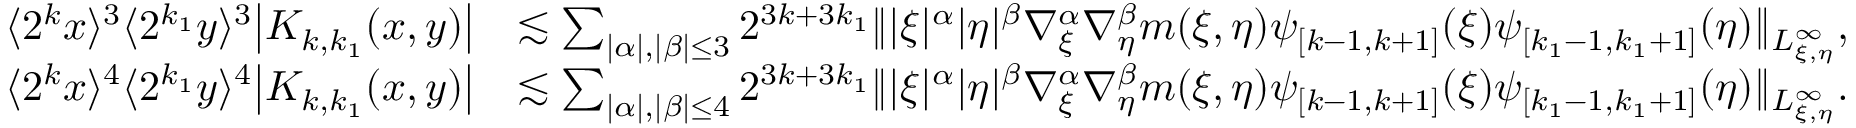
\begin{array} { r l } { \langle 2 ^ { k } x \rangle ^ { 3 } \langle 2 ^ { k _ { 1 } } y \rangle ^ { 3 } \big | K _ { k , k _ { 1 } } ( x , y ) \big | } & { \lesssim \sum _ { | \alpha | , | \beta | \leq 3 } 2 ^ { 3 k + 3 k _ { 1 } } \| | \xi | ^ { \alpha } | \eta | ^ { \beta } \nabla _ { \xi } ^ { \alpha } \nabla _ { \eta } ^ { \beta } m ( \xi , \eta ) \psi _ { [ k - 1 , k + 1 ] } ( \xi ) \psi _ { [ k _ { 1 } - 1 , k _ { 1 } + 1 ] } ( \eta ) \| _ { L _ { \xi , \eta } ^ { \infty } } , } \\ { \langle 2 ^ { k } x \rangle ^ { 4 } \langle 2 ^ { k _ { 1 } } y \rangle ^ { 4 } \big | K _ { k , k _ { 1 } } ( x , y ) \big | } & { \lesssim \sum _ { | \alpha | , | \beta | \leq 4 } 2 ^ { 3 k + 3 k _ { 1 } } \| | \xi | ^ { \alpha } | \eta | ^ { \beta } \nabla _ { \xi } ^ { \alpha } \nabla _ { \eta } ^ { \beta } m ( \xi , \eta ) \psi _ { [ k - 1 , k + 1 ] } ( \xi ) \psi _ { [ k _ { 1 } - 1 , k _ { 1 } + 1 ] } ( \eta ) \| _ { L _ { \xi , \eta } ^ { \infty } } . } \end{array}